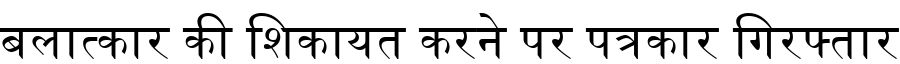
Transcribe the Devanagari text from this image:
बलात्कार की शिकायत करने पर पत्रकार गिरफ्तार